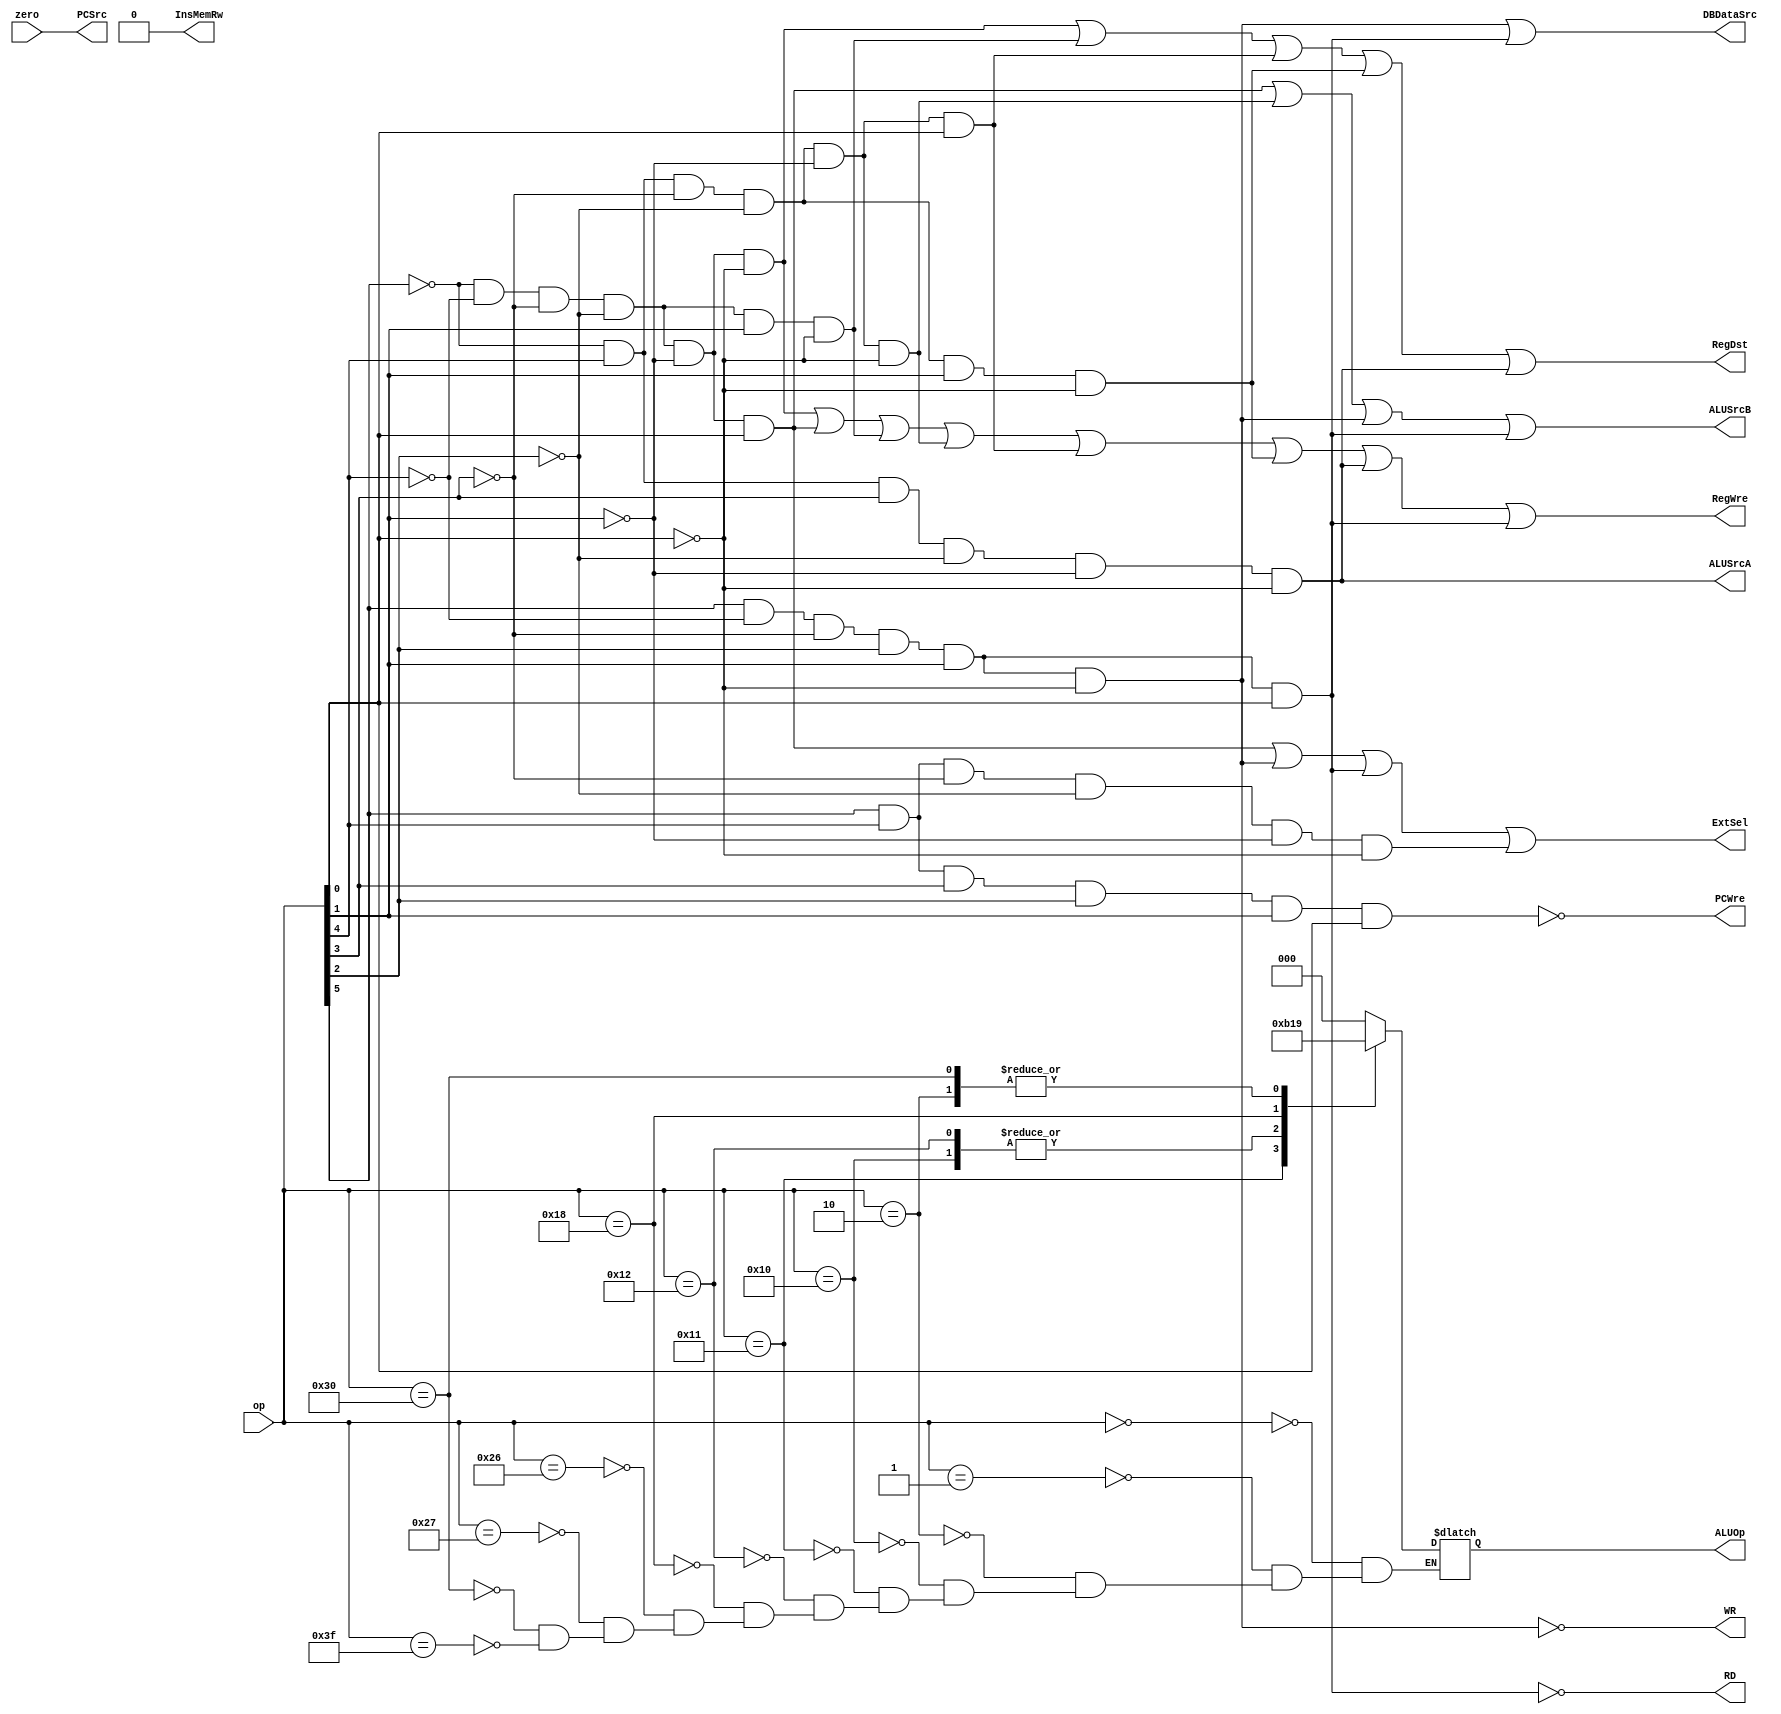
`timescale 1ns / 1ps
//////////////////////////////////////////////////////////////////////////////////
// Company:
// Engineer:
//
// Design Name:
// Module Name: ControlUnit
// Project Name:
// Target Devices:
// Tool Versions:
// Description:
//
// Dependencies:
//
// Revision:
// Revision 0.01 - File Created
// Additional Comments:
//
//////////////////////////////////////////////////////////////////////////////////


module ControlUnit(
    input zero,
    input [5:0] op,
    output ExtSel,
    output PCWre,
    output wire InsMemRw,
    output RegDst,
    output RegWre,
    output reg [2:0] ALUOp,
    output ALUSrcB,
    output ALUSrcA,
    output PCSrc,
    output RD,
    output WR,
    // output DoubleEn,
    output DBDataSrc
    );


    // construct the fingerprint of all the commands
    wire add, addi, sub, ori, and_, or_, sll, sw, lw, beq, halt;
    assign add = ~op[5] & ~op[4] & ~op[3] & ~op[2] & ~op[1] & ~op[0]; // add 000000
    assign addi = ~op[5] & ~op[4] & ~op[3] & ~op[2] & ~op[1] & op[0]; // addi 000001
    assign sub = ~op[5] & ~op[4] & ~op[3] & ~op[2] & op[1] & ~op[0]; // sub 000010
    assign ori = ~op[5] & op[4] & ~op[3] & ~op[2] & ~op[1] & ~op[0]; // ori 010000
    assign and_ = ~op[5] & op[4] & ~op[3] & ~op[2] & ~op[1] & op[0]; // and 010001
    assign or_ = ~op[5] & op[4] & ~op[3] & ~op[2] & op[1] & ~op[0]; // or 010010
    assign sll = ~op[5] & op[4] & op[3] & ~op[2] & ~op[1] & ~op[0]; // sll 011000
    assign sw = op[5] & ~op[4] & ~op[3] & op[2] & op[1] & ~op[0]; // sw 100110
    assign lw = op[5] & ~op[4] & ~op[3] & op[2] & op[1] & op[0]; // lw 100111
    assign beq = op[5] & op[4] & ~op[3] & ~op[2] & ~op[1] & ~op[0]; // beq 110000
    assign halt = op[5] & op[4] & op[3] & op[2] & op[1] & op[0]; // halt 111111

    assign ExtSel = addi | sw | lw | beq;
    assign PCWre = ~halt;
    assign InsMemRw = 0;
    assign RegDst = add | sub | and_ | or_ | sll;
    assign RegWre = add | addi | sub | ori | and_ | or_ | sll | lw;
    assign ALUSrcA = sll;
    assign ALUSrcB = addi | ori | sw | lw;
    assign PCSrc = zero;
    // assign RD = sw;
    // assign WR = lw;
    assign RD = ~lw;
    assign WR = ~sw;
    // Found that DBDataSrc is the same as DoubleEn, so discard the DoubleEn
    assign DBDataSrc = sw | lw;

    always @ ( op ) begin
        case (op)
            6'b000000: ALUOp = 3'b000 ;
            6'b000001: ALUOp = 3'b000 ;
            6'b000010: ALUOp = 3'b001 ;
            6'b010000: ALUOp = 3'b100 ;
            6'b010001: ALUOp = 3'b101 ;
            6'b010010: ALUOp = 3'b100 ;
            6'b011000: ALUOp = 3'b011 ;
            6'b100110: ALUOp = 3'b000 ;
            6'b100111: ALUOp = 3'b000 ;
            6'b110000: ALUOp = 3'b001 ;
            6'b111111: ALUOp = 3'bzzz ;
            default: begin
                $display ("ControlUnit OpToALUOp no match");
            end
        endcase
    end

endmodule